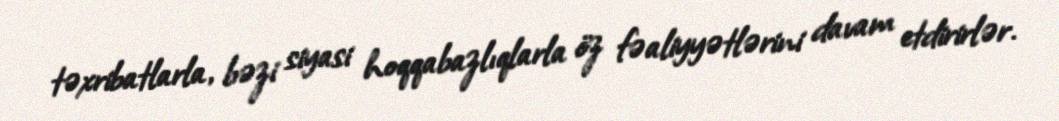
təxribatlarla, bəzi siyasi hoqqabazlıqlarla öz fəaliyyətlərini davam etdirirlər.